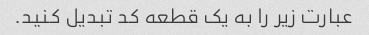
عبارت زیر را به یک قطعه کد تبدیل کنید.